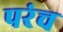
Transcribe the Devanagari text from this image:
परंच